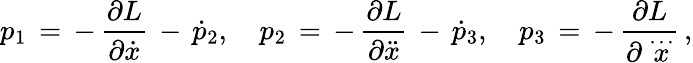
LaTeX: p_{1}\, =\, -\, \frac{\partial L}{\partial\dot{x}}\, -\, \dot{p}_{2},\quad p_{2}\, =\, -\, \frac{\partial L}{\partial\ddot{x}}\, -\, \dot{p}_{3},\quad p_{3}\, =\, -\, \frac{\partial L}{\partial\stackrel{\ldots}{x}}\, {,}